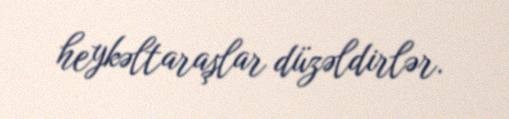
heykəltaraşlar düzəldirlər.